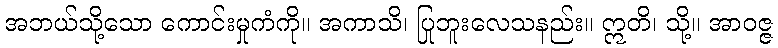
အဘယ်သို့သော ကောင်းမှုကံကို။ အကာသိ၊ ပြုဘူးလေသနည်း။ ဣတိ၊ သို့။ အာဝဇ္ဇ